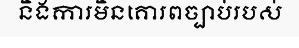
និងការមិនគោរពច្បាប់របស់